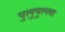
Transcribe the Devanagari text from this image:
पुलुपुल्ला